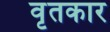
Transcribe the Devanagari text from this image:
वृतकार